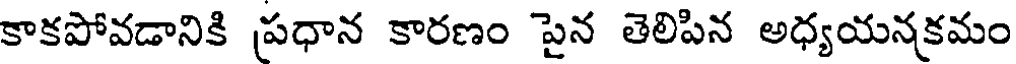
కాకపోవడానికి పధాన కారణం పైన తెలిపిన అధ్యయనకమం